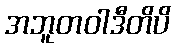
အဘူတဝါဒီတိပိ